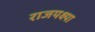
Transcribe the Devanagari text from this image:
राजयक्ष्या